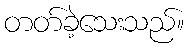
တတ်ခဲ့သေးသည်။